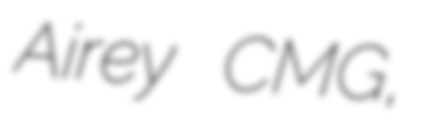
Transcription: Airey CMG,